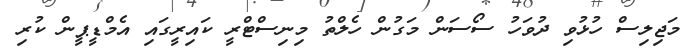
މަޖިލިސް ހުޅުވި ދުވަހު ސޯސަން މަގުން ހެލްތު މިނިސްޓްރީ ކައިރީގައި އެމްޑީޕީން ކުރި